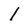
Character: l